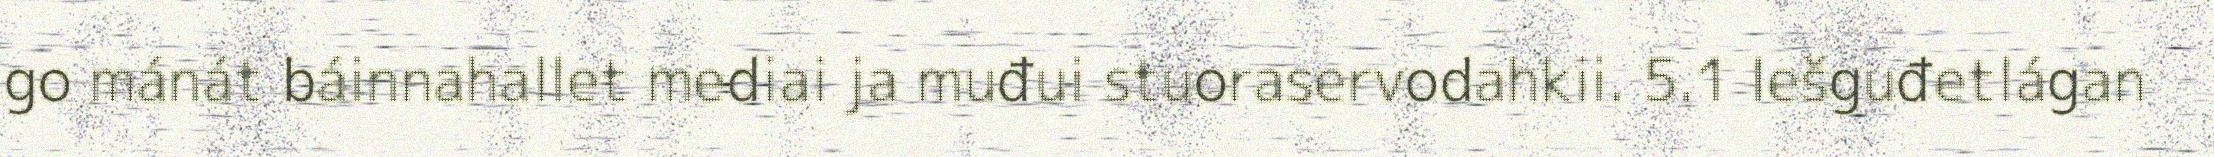
go mánát báinnahallet mediai ja muđui stuoraservodahkii. 5.1 Iešguđetlágan